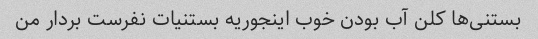
بستنی‌ها کلن آب بودن خوب اینجوریه بستنیات نفرست بردار من